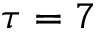
\tau = 7